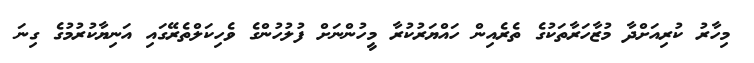
މިހާރު ކުރިއަށްދާ މުޒާހަރާތަކުގެ ތެރެއިން ހައްޔަރުކުރާ މީހުންނަށް ފުލުހުންގެ ވެހިކަލްތެރޭގައި އަނިޔާކުރުމުގެ ގިނަ